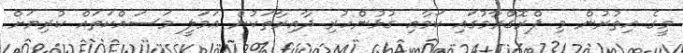
މީގެ އިތުރުން މި ޕްރޮގްރާމުގައި ކަމާއި ގުޅުންހުރި ދާއިރާތަކުން ޢަމަލީ މަސައްކަތައް ކުރިޔަށް